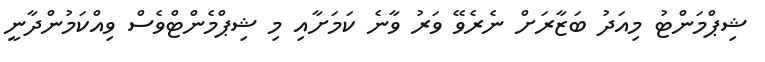
ޝިޕްމަންޓު މިއަދު ބަޒާރަށް ނެރެވޭ ވަރު ވާނެ ކަމަށާއި މި ޝިޕްމެންޓްވެސް ވިއްކަމުންދާނީ